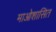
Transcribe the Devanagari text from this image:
माओशासित